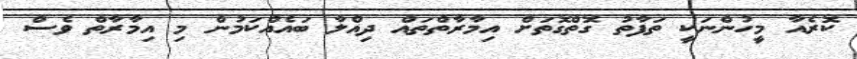
ކޮރެއާ މީހުންނަކީ ތަފާތު ގޮތްގޮތަށް އިމާރާތްތައް ދިއްލާ ބައެއްކަމުން މި އިމާރާތް ވެސް